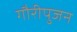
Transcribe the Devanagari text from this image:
गौरीपुजन